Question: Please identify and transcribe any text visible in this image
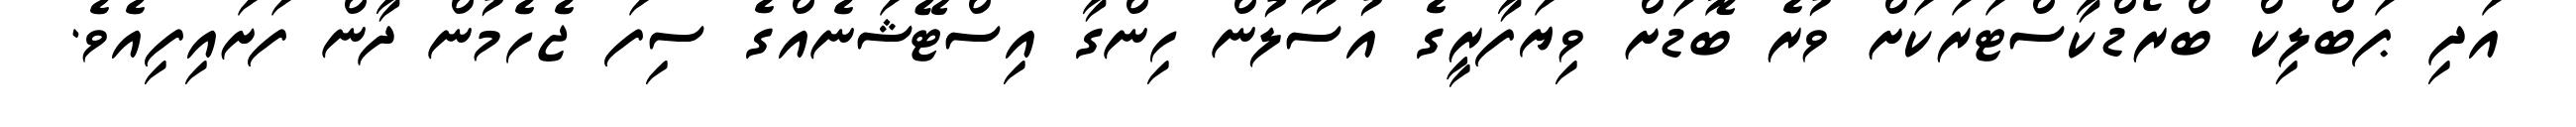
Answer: އަދި ޕަބްލިކް ބްރޯޑްކާސްޓަރަކަށް ވުރެ ބޮޑަށް ވިޔަފާރީގެ އުސޫލުން ހިންގާ އިސްޓޭޝަނެއްގެ ސިފަ ޖެހެމުން ދާން ފަށައިފިއެވެ.